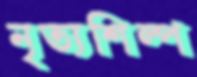
নৃত্যশিল্প